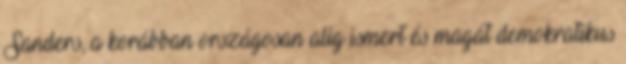
Sanders, a korábban országosan alig ismert és magát demokratikus